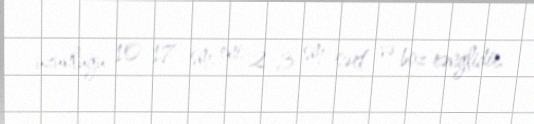
uzunluğu 10-17 sm, eni 2-3 sm, sərt və boz rənglidir.